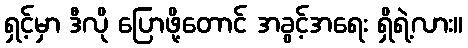
ရှင့်မှာ ဒီလို ပြောဖို့တောင် အခွင့်အရေး ရှိရဲ့လား။